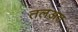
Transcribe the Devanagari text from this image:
तलअत